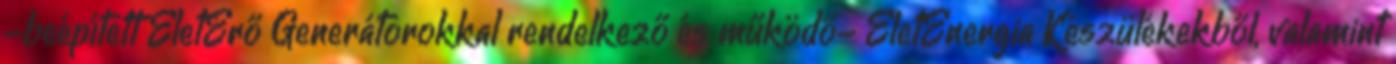
-beépített ÉletErő Generátorokkal rendelkező és működő- ÉletEnergia Készülékekből, valamint